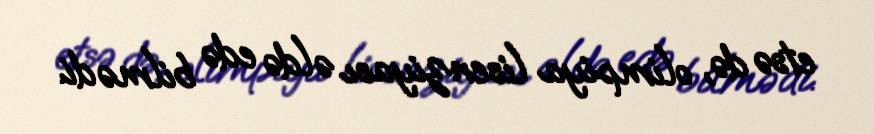
etsə də, olimpiya lisenziyası əldə edə bilmədi.